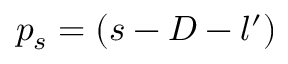
p _ { s } = ( s - D - l ^ { \prime } )